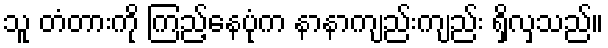
သူ တံတားကို ကြည့်နေပုံက နာနာကျည်းကျည်း ရှိလှသည်။